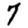
Digit: 7